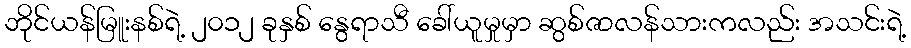
ဘိုင်ယန်မြူးနစ်ရဲ့ ၂၀၁၂ ခုနှစ် နွေရာသီ ခေါ်ယူမှုမှာ ဆွစ်ဇာလန်သားကလည်း အသင်းရဲ့